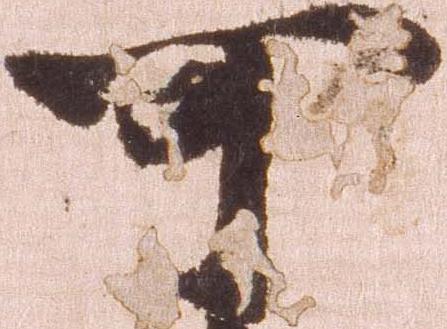
可